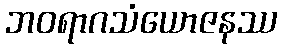
ဘဝရာဂသံယောဇနဿ